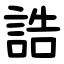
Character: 誥